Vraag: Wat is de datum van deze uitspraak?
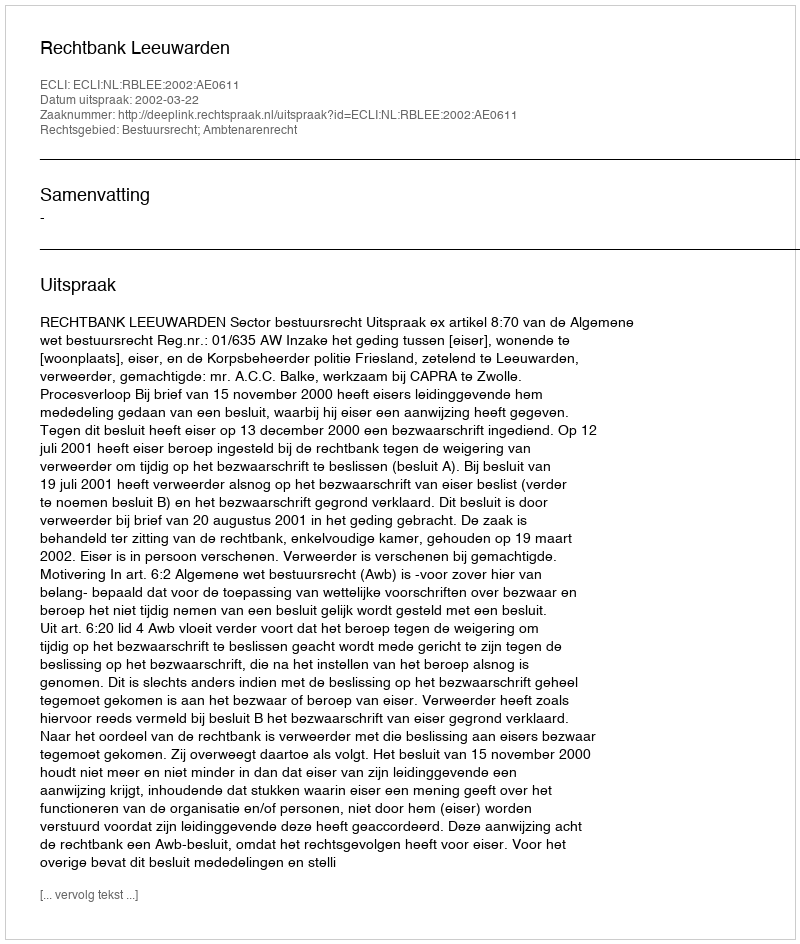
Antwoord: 2002-03-22